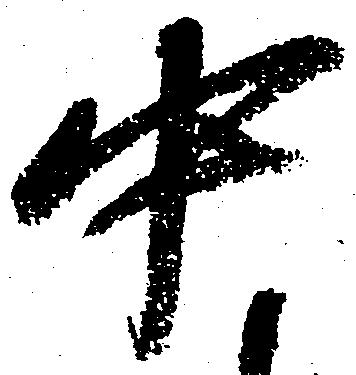
中